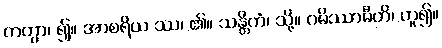
ကတွာ၊ ၍။ အာစရိယ ဿ၊ ၏။ သန္တိကံ၊ သို့။ ဂမိဿာမီတိ၊ ဟူ၍။